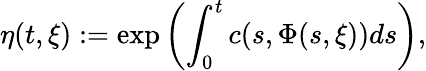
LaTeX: \eta(t,\xi):=\exp\left(\int_{0}^{t}c(s,\Phi(s,\xi))ds\right),